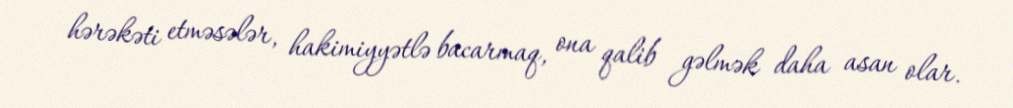
hərəkəti etməsələr, hakimiyyətlə bacarmaq, ona qalib gəlmək daha asan olar.